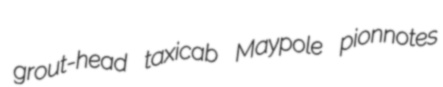
grout-head taxicab Maypole pionnotes